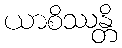
ယာစိဿန္တိ